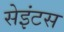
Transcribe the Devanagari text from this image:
सेइंटस